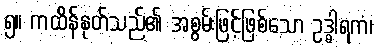
၅။ ကထိန်နုတ်သည်၏ အစွမ်းဖြင့်ဖြစ်သော ဥဒ္ဓါရကံ၊